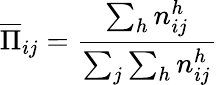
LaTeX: \overline{{\Pi}}_{ij}=\frac{\sum_{h}n_{ij}^{h}}{\sum_{j}\sum_{h}n_{ij}^{h}}